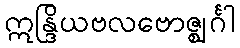
ဣန္ဒြိယဗလဗောဇ္ဈင်္ဂါ